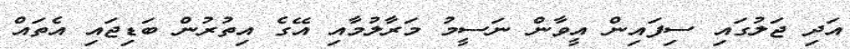
އަދި ޖަލުގައި ސިފައިން އީވާން ނަސީމު މަރާލުމާއި އޭގެ އިތުރުން ބަޑިޖައި އެތައް